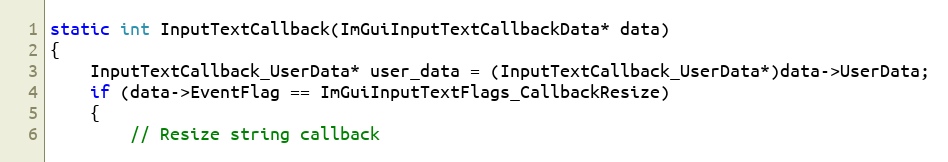
Language: C++
static int InputTextCallback(ImGuiInputTextCallbackData* data)
{
    InputTextCallback_UserData* user_data = (InputTextCallback_UserData*)data->UserData;
    if (data->EventFlag == ImGuiInputTextFlags_CallbackResize)
    {
        // Resize string callback